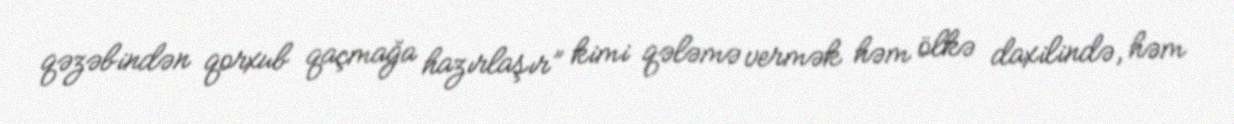
qəzəbindən qorxub qaçmağa hazırlaşır” kimi qələmə vermək həm ölkə daxilində, həm